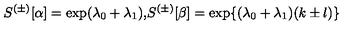
S ^ { ( \pm ) } [ \alpha ] = \exp ( \lambda _ { 0 } + \lambda _ { 1 } ) \mathrm { , } S ^ { ( \pm ) } [ \beta ] = \exp \{ ( \lambda _ { 0 } + \lambda _ { 1 } ) ( k \pm l ) \}